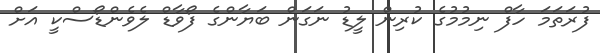
ފުރަތަމަ ހާފް ނިމުމުގެ ކުރިން ލީޑު ނަގަން ބަޔާންގެ ފޯވާޑް ލެވެންޑޯސްކީ އަށް